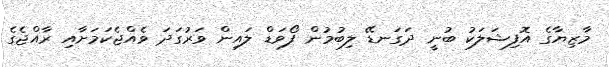
މާޒިޔާގެ އޮފިޝަލަކު ބުނީ ދަގަނޑޭ ލިބުމުން ފޯވަޑް ލައިން ވަރުގަދަ ވެއްޖެކަމަށާއި ރާއްޖެގެ